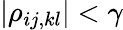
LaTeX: |\rho_{ij,kl}|<\gamma